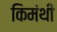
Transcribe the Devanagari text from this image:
किमंथी